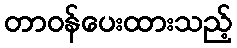
တာဝန်ပေးထားသည့်